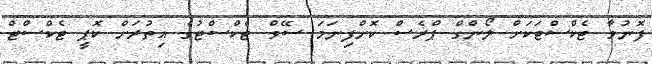
ފޮނުވާ ޓެކްސްޓަކަށް ލޯންގް ޕްރެސް ކޮށްފިނަމަ ސޭވް ޓެކްސްޓުގެ އިތުރަށް ކޮޕީ ޓެކްސްޓް